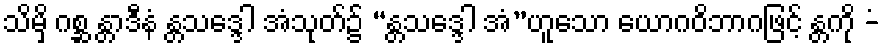
သိမှိ ဂစ္ဆ န္တာဒီနံ န္တသဒ္ဒေါ အံသုတ်၌ “န္တသဒ္ဒေါ အံ”ဟူသော ယောဂဝိဘာဂဖြင့် န္တကို -ံ